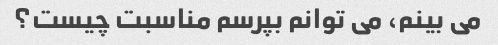
می بینم، می توانم بپرسم مناسبت چیست؟